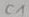
Text: C1